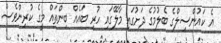
އެ ކައުންސިލްގެ ބެލުމުގެ ދަށުގައި މާލޭގައި ހުރި ބައެއް ބިންތަައް މީގެ ކުރިންވެސް